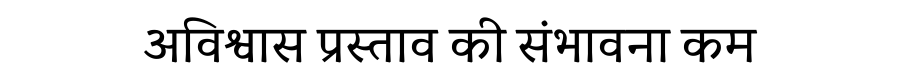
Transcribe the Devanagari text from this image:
अविश्वास प्रस्ताव की संभावना कम